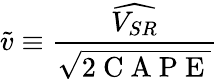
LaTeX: \widetilde{v}\equiv\frac{\widehat{V_{SR}}}{\sqrt{2\mathrm{~C~A~P~E~}}}